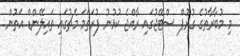
މި މުބާރާތުގެ ގުރޫޕް ސްޓޭޖުގައި ރާއްޖެ ކުޅުނު ފުރަތަމަ މެޗުގައި ތައިލޭންޑް އަތުން